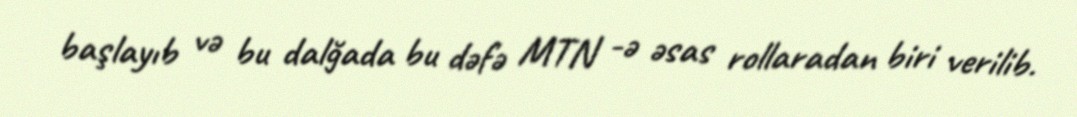
başlayıb və bu dalğada bu dəfə MTN -ə əsas rollaradan biri verilib.